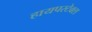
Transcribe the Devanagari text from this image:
हायपरटेक्स